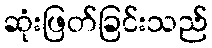
ဆုံးဖြတ်ခြင်းသည်